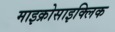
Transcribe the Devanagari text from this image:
माइक्रोसाइक्लिक